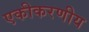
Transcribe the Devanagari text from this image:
एकीकरणीय